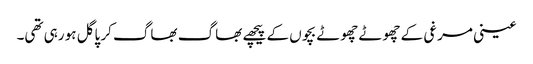
عینی مرغی کے چھوٹے چھوٹے بچوں کے پیچھے بھاگ بھاگ کر پاگل ہو رہی تھی۔